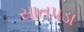
સાતપડા